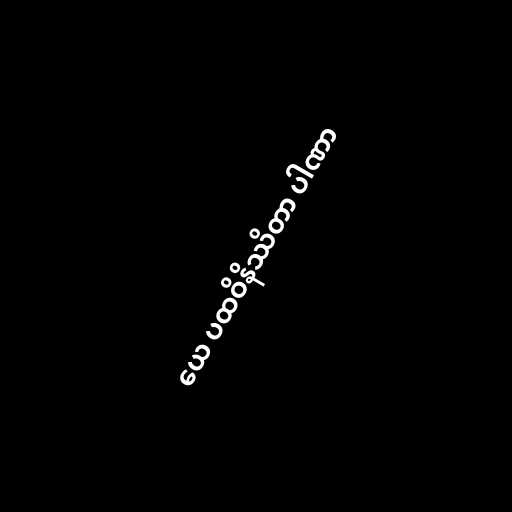
ယေ ပထဝိနိဿိတာ ပါဏာ